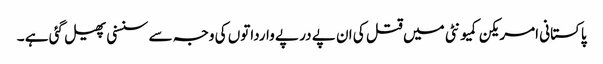
پاکستانی امریکن کمیونٹی میں قتل کی ان پے در پے وارداتوں کی وجہ سے سنسنی پھیل گئی ہے ۔